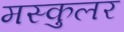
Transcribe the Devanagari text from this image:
मस्कुलर